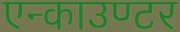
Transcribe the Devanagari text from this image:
एन्काउण्टर